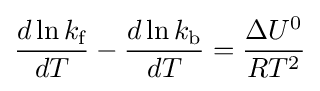
{\frac {d\ln k_{\text{f}}}{dT}}-{\frac {d\ln k_{\text{b}}}{dT}}={\frac {\Delta U^{0}}{RT^{2}}}